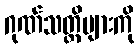
ဂုဏ်သတ္တိများကို